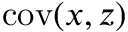
\mathrm { c o v } ( x , z )